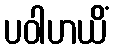
ပဝါဟယိံ